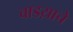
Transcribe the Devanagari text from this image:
वाडय़ाचे